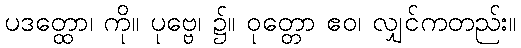
ပဒတ္ထော၊ ကို။ ပုဗ္ဗေ၊ ၌။ ဝုတ္တော ဧဝ၊ လျှင်ကတည်း။